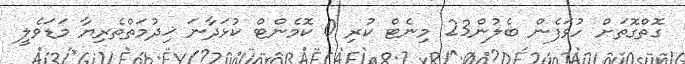
ގޮތްގޮތަށް ހުވަފެން ބެލުން23 މިނެޓް ކުރި 0 ކޮމެންޓް ކުޅަދާނަ ޚިދުމަތްތެރިޔާ މަޑަވެލީ